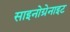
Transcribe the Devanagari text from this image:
साइनोग्रेनाइट